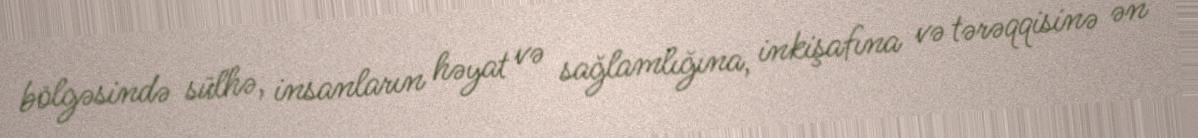
bölgəsində sülhə, insanların həyat və sağlamlığına, inkişafına və tərəqqisinə ən